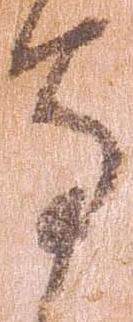
守